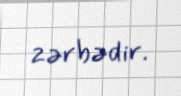
zərbədir.